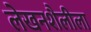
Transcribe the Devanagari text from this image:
लेखनशैलीला